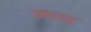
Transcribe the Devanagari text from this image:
अवाडर्